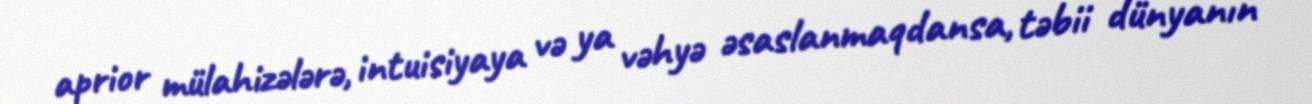
aprior mülahizələrə, intuisiyaya və ya vəhyə əsaslanmaqdansa, təbii dünyanın